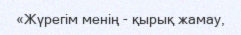
«Жүрегім менің - қырық жамау,